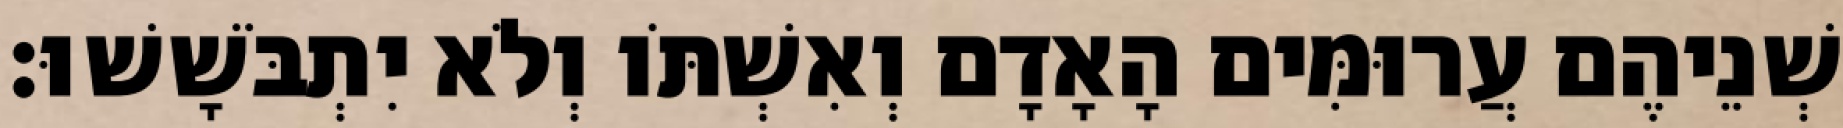
שְׁנֵיהֶם עֲרוּמִּים הָאָדָם וְאִשְׁתֹּו וְלֹא יִתְבֹּשָׁשׁוּ׃